Vaccine operations Central Provinces & Berar 1912-1920 - 1912-1920
Year: 1912
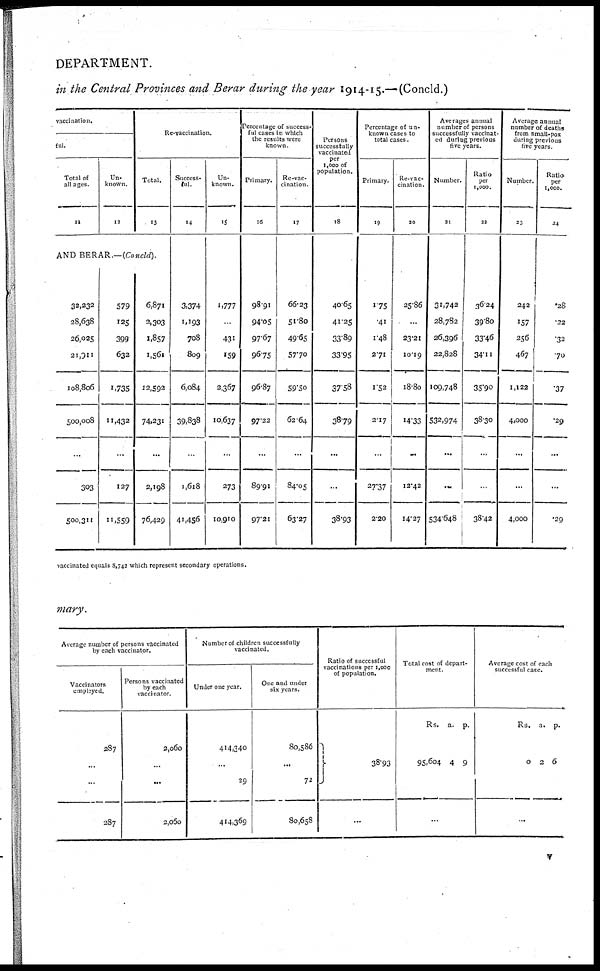
DEPARTMENT.
in the Central Provinces and Berar during the year 1914-15.—(Concld.)
vaccination.
ful.
Total of
all ages.
11
Un-
known.
12
Re-vaccination.
Total.
13
AND BERAR.—(Concld).
32,232
28,638
26,025
21,911
108,806
500,008
303
500,311
579
125
399
632
1,735
11,432
127
11,559
6,871
2,303
1,857
1,561
12,592
74,231
2,198
76,429
Success-
ful.
14
3,374
1,193
708
809
6,084
39,838
1,618
41,456
Un-
known.
15
1,777
...
431
159
2,367
10,637
273
10,910
Percentage of success-
ful cases in which
the results were
known.
Primary.
16
98.91
94.05
97.67
96.75
96.87
97.22
89.91
97.21
Re-vac-
cination.
17
66.23
51.80
49.65
57.70
59.50
62.64
84.05
63.27
Persons
successfully
vaccinated
per
1,000 of
population.
18
40.65
41.25
33.89
33.95
37.58
38.79
...
38.93
Percentage of un-
known cases to
total cases.
Primary.
19
1.75
.41
1.48
2.71
1.52
2.17
27.37
2.20
Re-vac-
cination.
20
25.86
...
23.21
10.19
18.80
14.33
12.42
14.27
Averages annual
number of persons
successfully vaccinat-
ed during previous
five years.
Number.
21
31,742
28,782
26,396
22,828
109,748
532,974
...
534.648
Ratio
per
1,000.
22
36.24
39.80
33.46
34.11
35.90
38.30
...
38.42
Average annual
number of deaths
from small-pox
during previous
five years.
Number.
23
242
157
256
467
1,122
4,000
...
4,000
Ratio
per
1,000.
24
.28
.22
.32
.70
.37
.29
...
.29
vaccinated equals 8,742 which represent secondary operations.
mary.
Average number of persons vaccinated
by each vaccinator.
Vaccinators
employed.
287
...
...
287
Persons vaccinated
by each
vaccinator.
2,060
...
...
2,050
Number of children successfully
vaccinated.
Under one year.
414,340
...
29
414,369
One and under
six years.
80,586
...
72
80,658
Ratio of successful
vaccinations per 1,000
of population.
38.93
...
Total cost of depart-
ment.
Rs.
95,604
a.
4
p.
9
...
Average cost of each
successful case.
Rs.
0
a.
2
p.
6
...
v